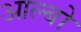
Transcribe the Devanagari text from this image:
आल्बो